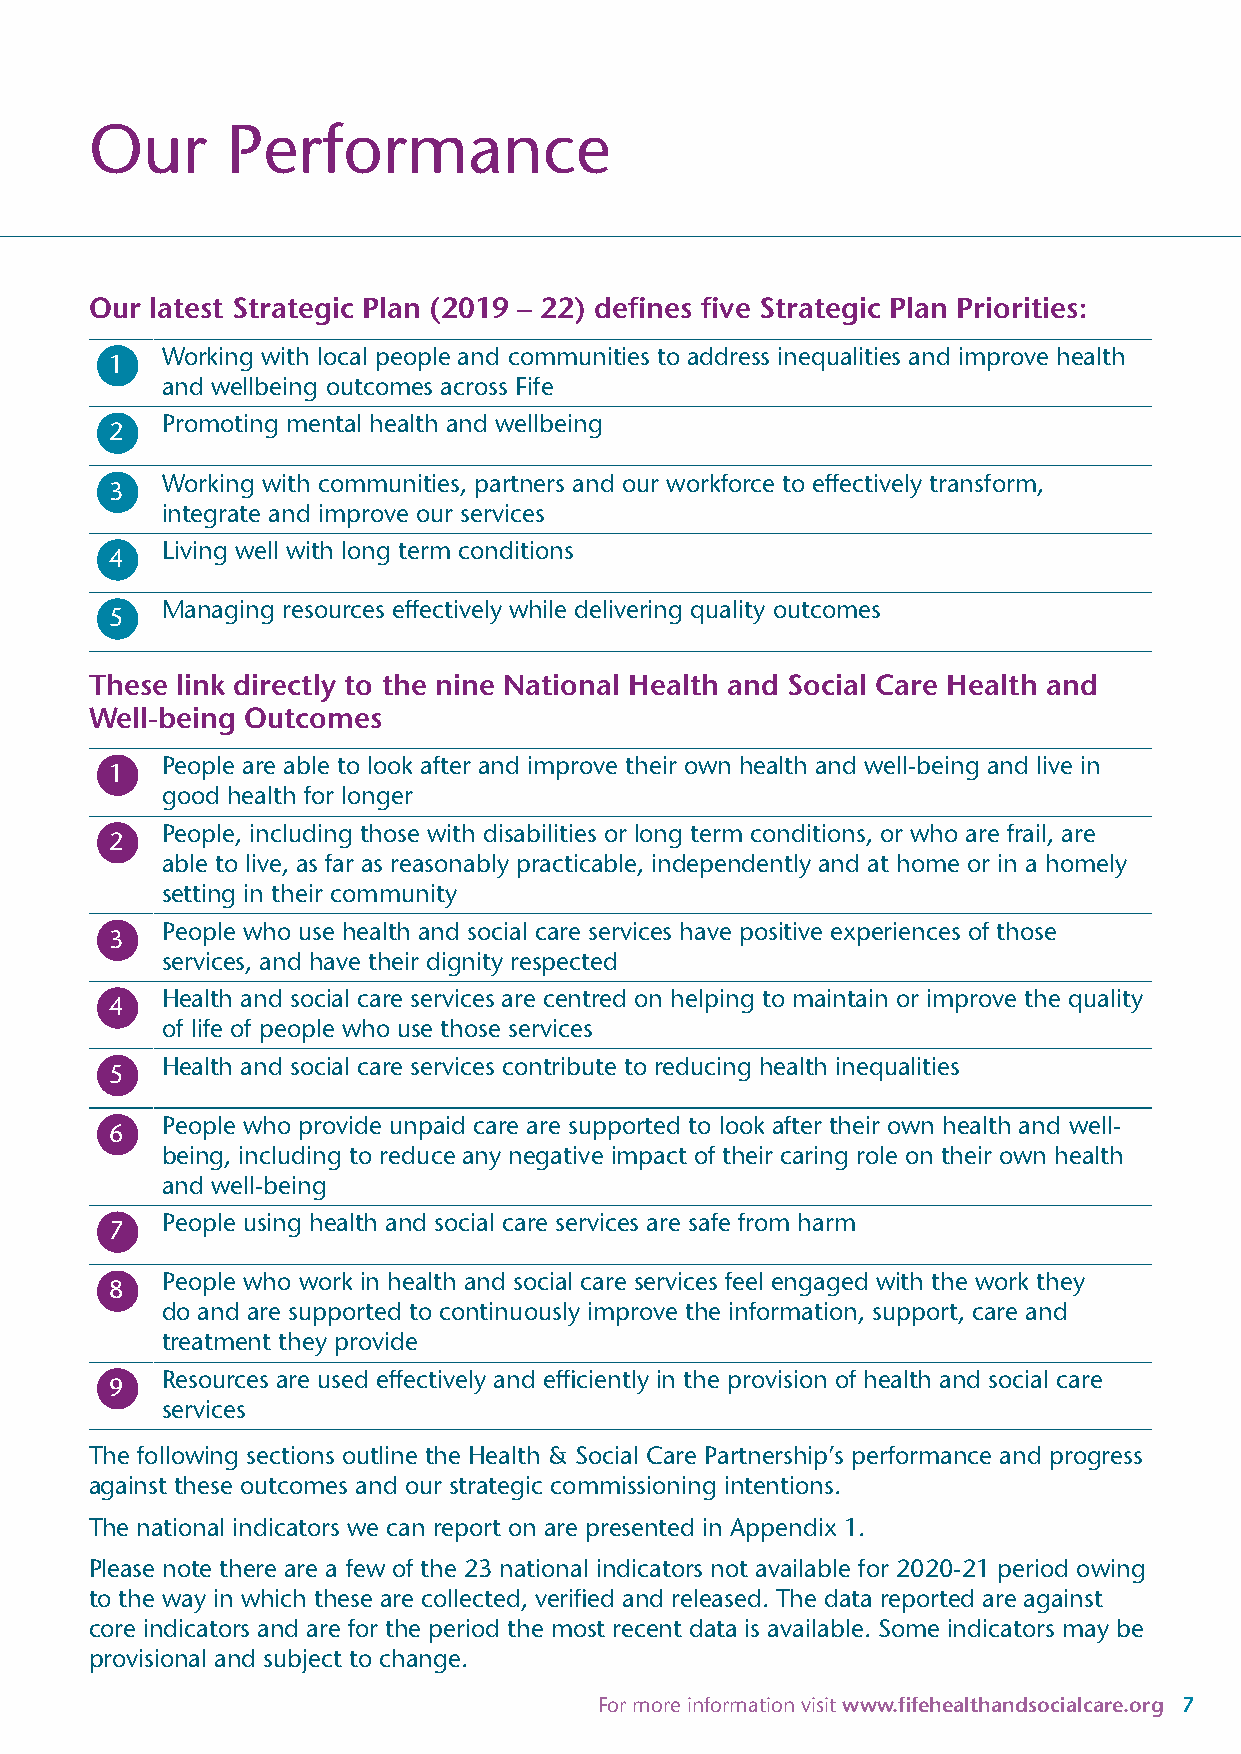
Our      Performance
 Our latest Strategic Plan (2019 – 22) defines five Strategic Plan Priorities:
 Working with local people and communities to address inequalities and improve health
 1
 and wellbeing outcomes across Fife
 Promoting mental health and wellbeing
 2
 Working with communities, partners and our workforce to effectively transform,
 3
 integrate and improve our services
 Living well with long term conditions
 4
 Managing resources effectively while delivering quality outcomes
 5
 These link directly to the nine National Health and Social Care Health and
 Well-being Outcomes
 People are able to look after and improve their own health and well-being and live in
 1
 good health for longer
 People, including those with disabilities or long term conditions, or who are frail, are
 2
 able to live, as far as reasonably practicable, independently and at home or in a homely
 setting in their community
 People who use health and social care services have positive experiences of those
 3
 services, and have their dignity respected
 Health and social care services are centred on helping to maintain or improve the quality
 4
 of life of people who use those services
 Health and social care services contribute to reducing health inequalities
 5
 People who provide unpaid care are supported to look after their own health and well-
 6
 being, including to reduce any negative impact of their caring role on their own health
 and well-being
 People using health and social care services are safe from harm
 7
 People who work in health and social care services feel engaged with the work they
 8
 do and are supported to continuously improve the information, support, care and
 treatment they provide
 Resources are used effectively and efficiently in the provision of health and social care
 9
 services
 The following sections outline the Health & Social Care Partnership’s performance and progress
 against these outcomes and our strategic commissioning intentions.
 The national indicators we can report on are presented in Appendix 1.
 Please note there are a few of the 23 national indicators not available for 2020-21 period owing
 to the way in which these are collected, verified and released. The data reported are against
 core indicators and are for the period the most recent data is available. Some indicators may be
 provisional and subject to change.
 For more information visit www.fifehealthandsocialcare.org 7